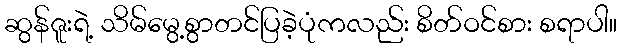
ဆွန်ဇူးရဲ့ သိမ်မွေ့စွာတင်ပြခဲ့ပုံကလည်း စိတ်ဝင်စား စရာပါ။